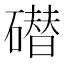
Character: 𰧢